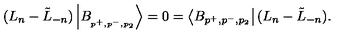
( L _ { n } - \tilde { L } _ { - n } ) \left| B _ { _ { p ^ { + } , p ^ { - } , p _ { 2 } } } \right\rangle = 0 = \left\langle B _ { p ^ { + } , p ^ { - } , p _ { 2 } } \right| ( L _ { n } - \tilde { L } _ { - n } ) .